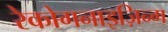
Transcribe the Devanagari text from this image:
रेकोगनाइज़िन्ग